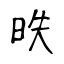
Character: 昳